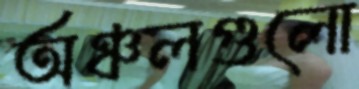
অঞ্চলগুলো